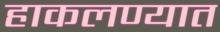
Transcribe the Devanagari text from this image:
हाकलण्यात